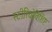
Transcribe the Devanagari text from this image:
स्टीरियोविशिष्ट